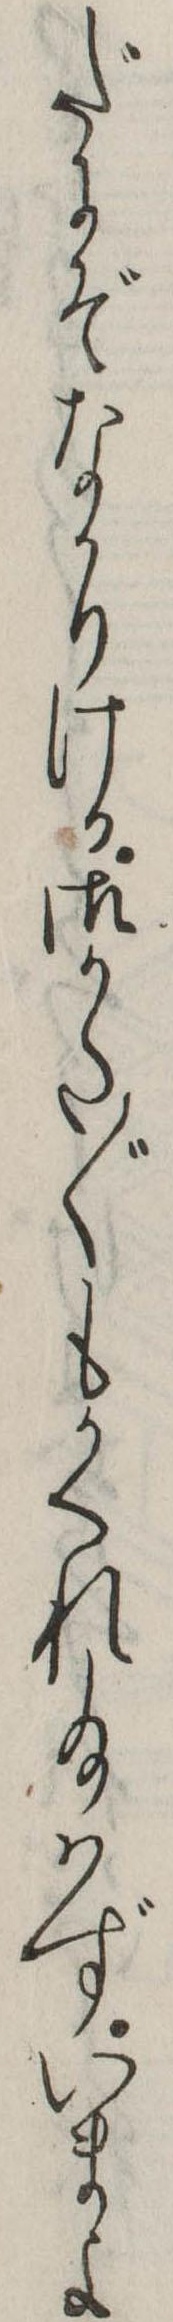
だにぞなかりける御かた〲もかくれ給はずいまよ